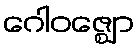
ဂေါဝဇ္ဈော